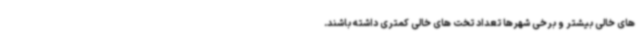
های خالی بیشتر و برخی شهرها تعداد تخت های خالی کمتری داشته باشند.